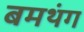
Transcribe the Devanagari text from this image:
बमथंग